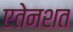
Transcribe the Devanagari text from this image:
एतेनशत